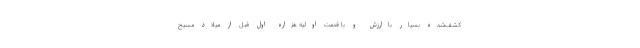
کشف‌شده بسیار باارزش و با قدمت اولیه هزاره اول قبل ‌از میلاد مسیح